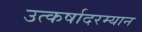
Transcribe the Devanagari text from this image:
उत्कर्षादरम्यान